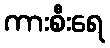
ကားစီးရေ